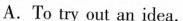
A.To try out an idea.